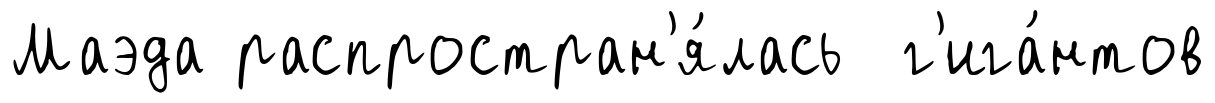
Маэда распростран'я́лась г'ига́нтов